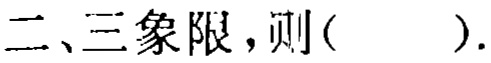
二、三象限，则(  ).